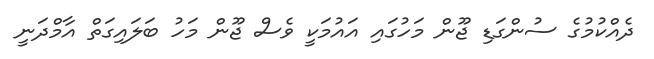
ދެއްކުމުގެ ސުންގަޑި ޖޫން މަހުގައި އައުމަކީ ވެސް ޖޫން މަހު ބަލައިގަތް އާމްދަނީ